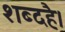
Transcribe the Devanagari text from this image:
शब्दहै।